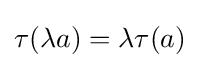
\tau (\lambda a)=\lambda \tau (a)